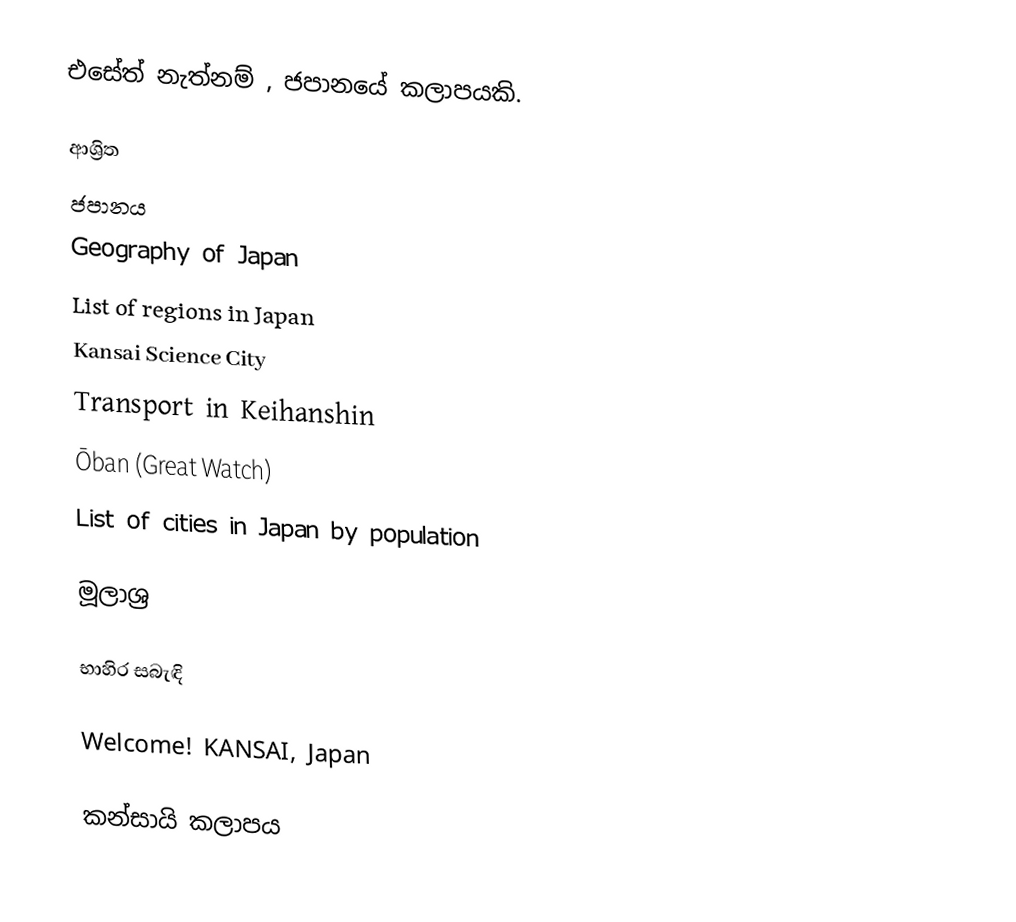
එසේත් නැත්නම් , ජපානයේ කලාපයකි.

ආශ්‍රිත
 ජපානය
 Geography of Japan
 List of regions in Japan
 Kansai Science City
 Transport in Keihanshin
 Ōban (Great Watch)
 List of cities in Japan by population

මූලාශ්‍ර

භාහිර සබැඳි

 Welcome! KANSAI, Japan

කන්සායි කලාපය